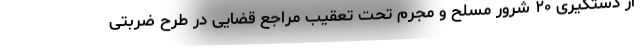
از دستگیری ۲۰ شرور مسلح و مجرم تحت تعقیب مراجع قضایی در طرح ضربتی